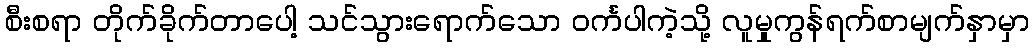
စီးစရာ တိုက်ခိုက်တာပေါ့ သင်သွားရောက်သော ဝင်္ကပါကဲ့သို့ လူမှုကွန်ရက်စာမျက်နှာမှာ